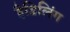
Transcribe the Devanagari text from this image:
हैडिलिंग